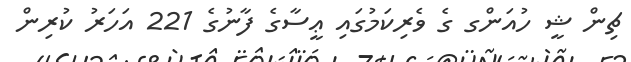
ޗިން ޝީ ހުއަންގ ގެ ވެރިކަމުގައި ޢީސާގެ ފާނުގެ 221 އަހަރު ކުރިން